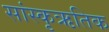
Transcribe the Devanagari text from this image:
सांस्कृऋतिक